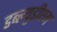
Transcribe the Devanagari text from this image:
डब्ल्युडीएम